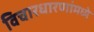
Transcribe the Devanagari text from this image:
विचारधारणांमध्ये